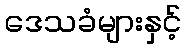
ဒေသခံများနှင့်